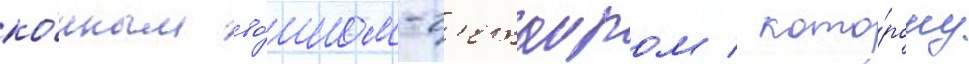
ко́нным во́ином-г'етаиром / кото́рому